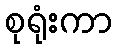
စုရုံးကာ